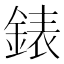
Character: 錶